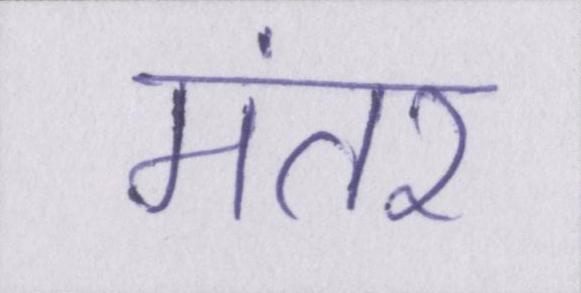
मंतर